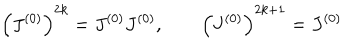
\left( J ^ { ( 0 ) } \right) ^ { 2 k } = J ^ { ( 0 ) } J ^ { ( 0 ) } , \qquad \left( J ^ { ( 0 ) } \right) ^ { 2 k + 1 } = J ^ { ( 0 ) }